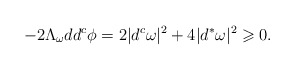
\begin{align*}-2\Lambda_\omega dd^c \phi = 2|d^c\omega|^2 + 4|d^*\omega|^2 \geqslant 0.\end{align*}